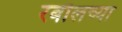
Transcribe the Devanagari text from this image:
रबौलच्या